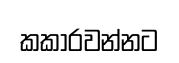
කකාරවන්නට